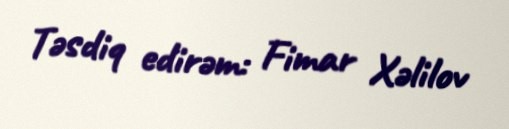
Təsdiq edirəm: Fimar Xəlilov